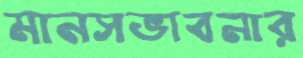
মানসভাবনার